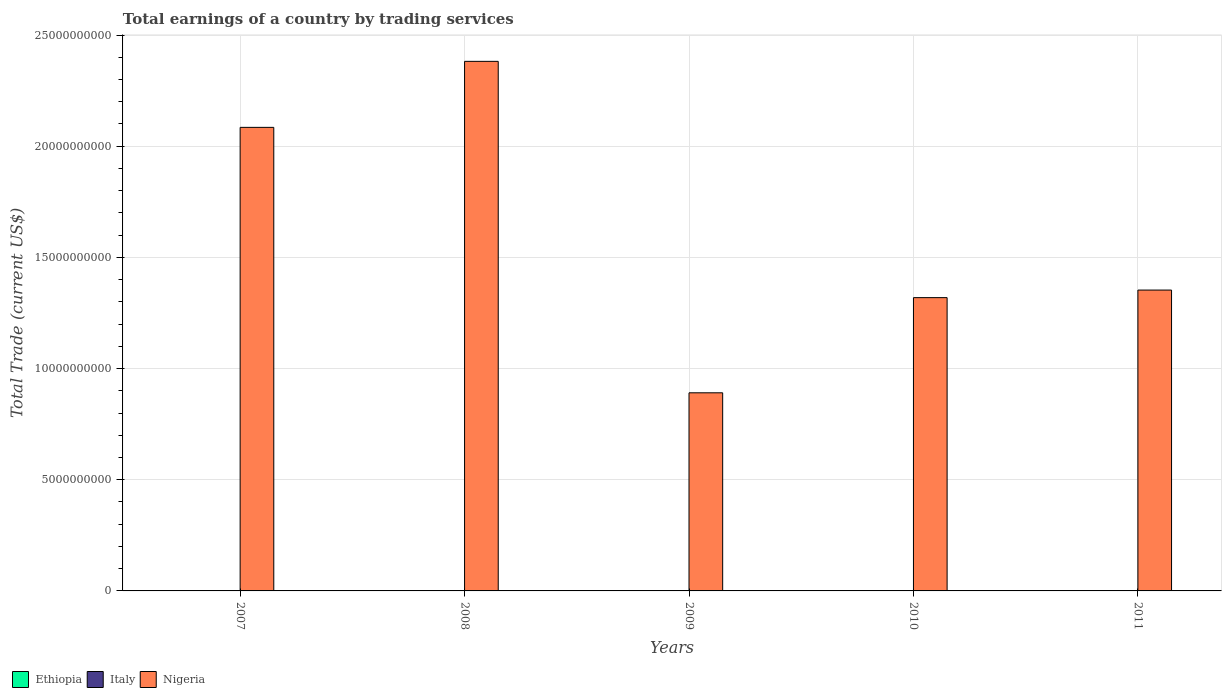
| Years | Ethiopia | Italy | Nigeria |
 | --- | --- | --- | --- |
 | 2007 | -4.25e+09 | -5.08e+09 | 2.08e+10 |
 | 2008 | -6.1e+09 | -1.95e+10 | 2.38e+10 |
 | 2009 | -5.61e+09 | -1.26e+10 | 8.91e+09 |
 | 2010 | -5.27e+09 | -4.15e+10 | 1.32e+10 |
 | 2011 | -5.84e+09 | -3.42e+10 | 1.35e+10 |